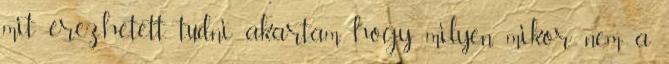
mit érezhetett, tudni akartam, hogy milyen, mikor nem a